Vital statistics of India. Vol. V, Reports of 1876 on armies & jails and on epidemic cholera
Year: 1876
Disease focus: Cholera
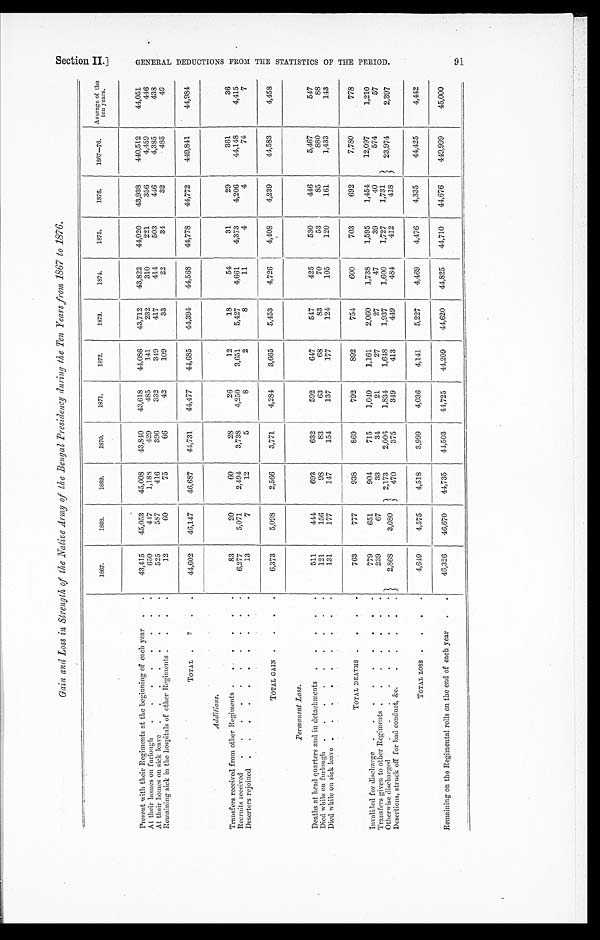
Gain and Loss in Strength of the Native Army of the Bengal Presidency during the Ten Years from 1867 to 1876.
1867.
1868.
1869.
1870.
1871.
1872.
1873.
1874.
1875.
1876.
1867—76.
Average of the
ten years.
Present with their Regiments at the beginning of each year . . .
43,415
45,053
45,008
43,840
43,618
41,086
43,712
43,822
44,020
43,938
440,512
44,051
At their homes on furlough . . .
650
447
1,188
429
485
141
232
310
221
356
4,459
446
At their homes on sick leave . . .
525
587
416
396
332
349
417
414
503
446
4,385
438
Remaining sick in the hospitals of other Regiments . . .
12
60
75
66
42
109
33
22
34
32
485
49
TOTAL . . .
44,602
46,147
46,687
44,731
44,477
44,685
44,394
44,568
44,778
44,772
449,841
44,984
Additions.
Transfers received from other Regiments . . .
83
20
60
28
26
12
18
54
31
29
361
36
Recruits received . . .
6,277
5,071
2,494
3,738
4,250
3,651
5,427
4,661
4,373
4,206
44,148
4,415
Deserters rejoined . . .
13
7
12
5
8
2
8
11
4
4
74
7
TOTAL GAIN . . .
6,373
5,098
2,566
3,771
4,284
3,665
5,453
4,726
4,408
4,239
44,583
4,458
Permanent Loss.
Deaths at head quarters and in detachments . . .
511
444
693
632
592
647
547
425
530
446
5,467
547
121
156
98
83
63
68
83
70
53
85
880
88
Died while on furlough . . .
131
177
147
154
137
177
124
105
120
161
1,433
143
Died while on sick leave . . .
TOTAL DEATHS . . .
763
777
938
869
792
892
754
600
703
692
7,780
778
Invalided for discharge . . .
779
651
904
715
1,040
1,161
2,060
1,738
1,595
1,454
12,097
1,210
239
67
33
34
21
27
27
47
39
40
574
57
Transfers given to other Regiments . . .
2,868
3 ,080
2,173
2,006
1,834
1,648
1,937
1,600
1,72 7
1,731
23,974
2,397
Otherwise discharged . . .
470
375
349
413
449
484
412
418
Desertions, struck off for bad conduct, &c. . . .
TOTAL LOSS . . .
4,649
4,575
4,518
3,999
4,036
4,141
5,227
4,469
4,476
4,335
44,425
4,442
Remaining on the Regimental rolls on the end of each year . . .
46,326
46,670
44,735
44,503
44,725
44,209
44,620
44,825
44,710
44,676
449,999
45,000
91